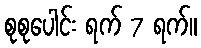
စုစုပေါင်း ရက် 7 ရက်။